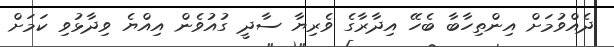
ދެއްވުމަށް އިންތިހާބާ ބެހޭ އިދާރާގެ ވެރިޔާ ސާދީ ގުއުވެން އިއްޔެ ވިދާޅުވި ކަމަށް